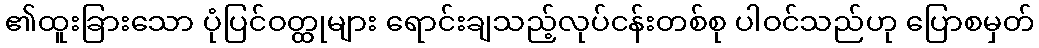
၏ထူးခြားသော ပုံပြင်ဝတ္ထုများ ရောင်းချသည့်လုပ်ငန်းတစ်စု ပါဝင်သည်ဟု ပြောစမှတ်